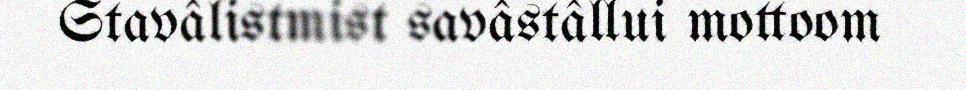
Stavâlistmist savâstâllui mottoom